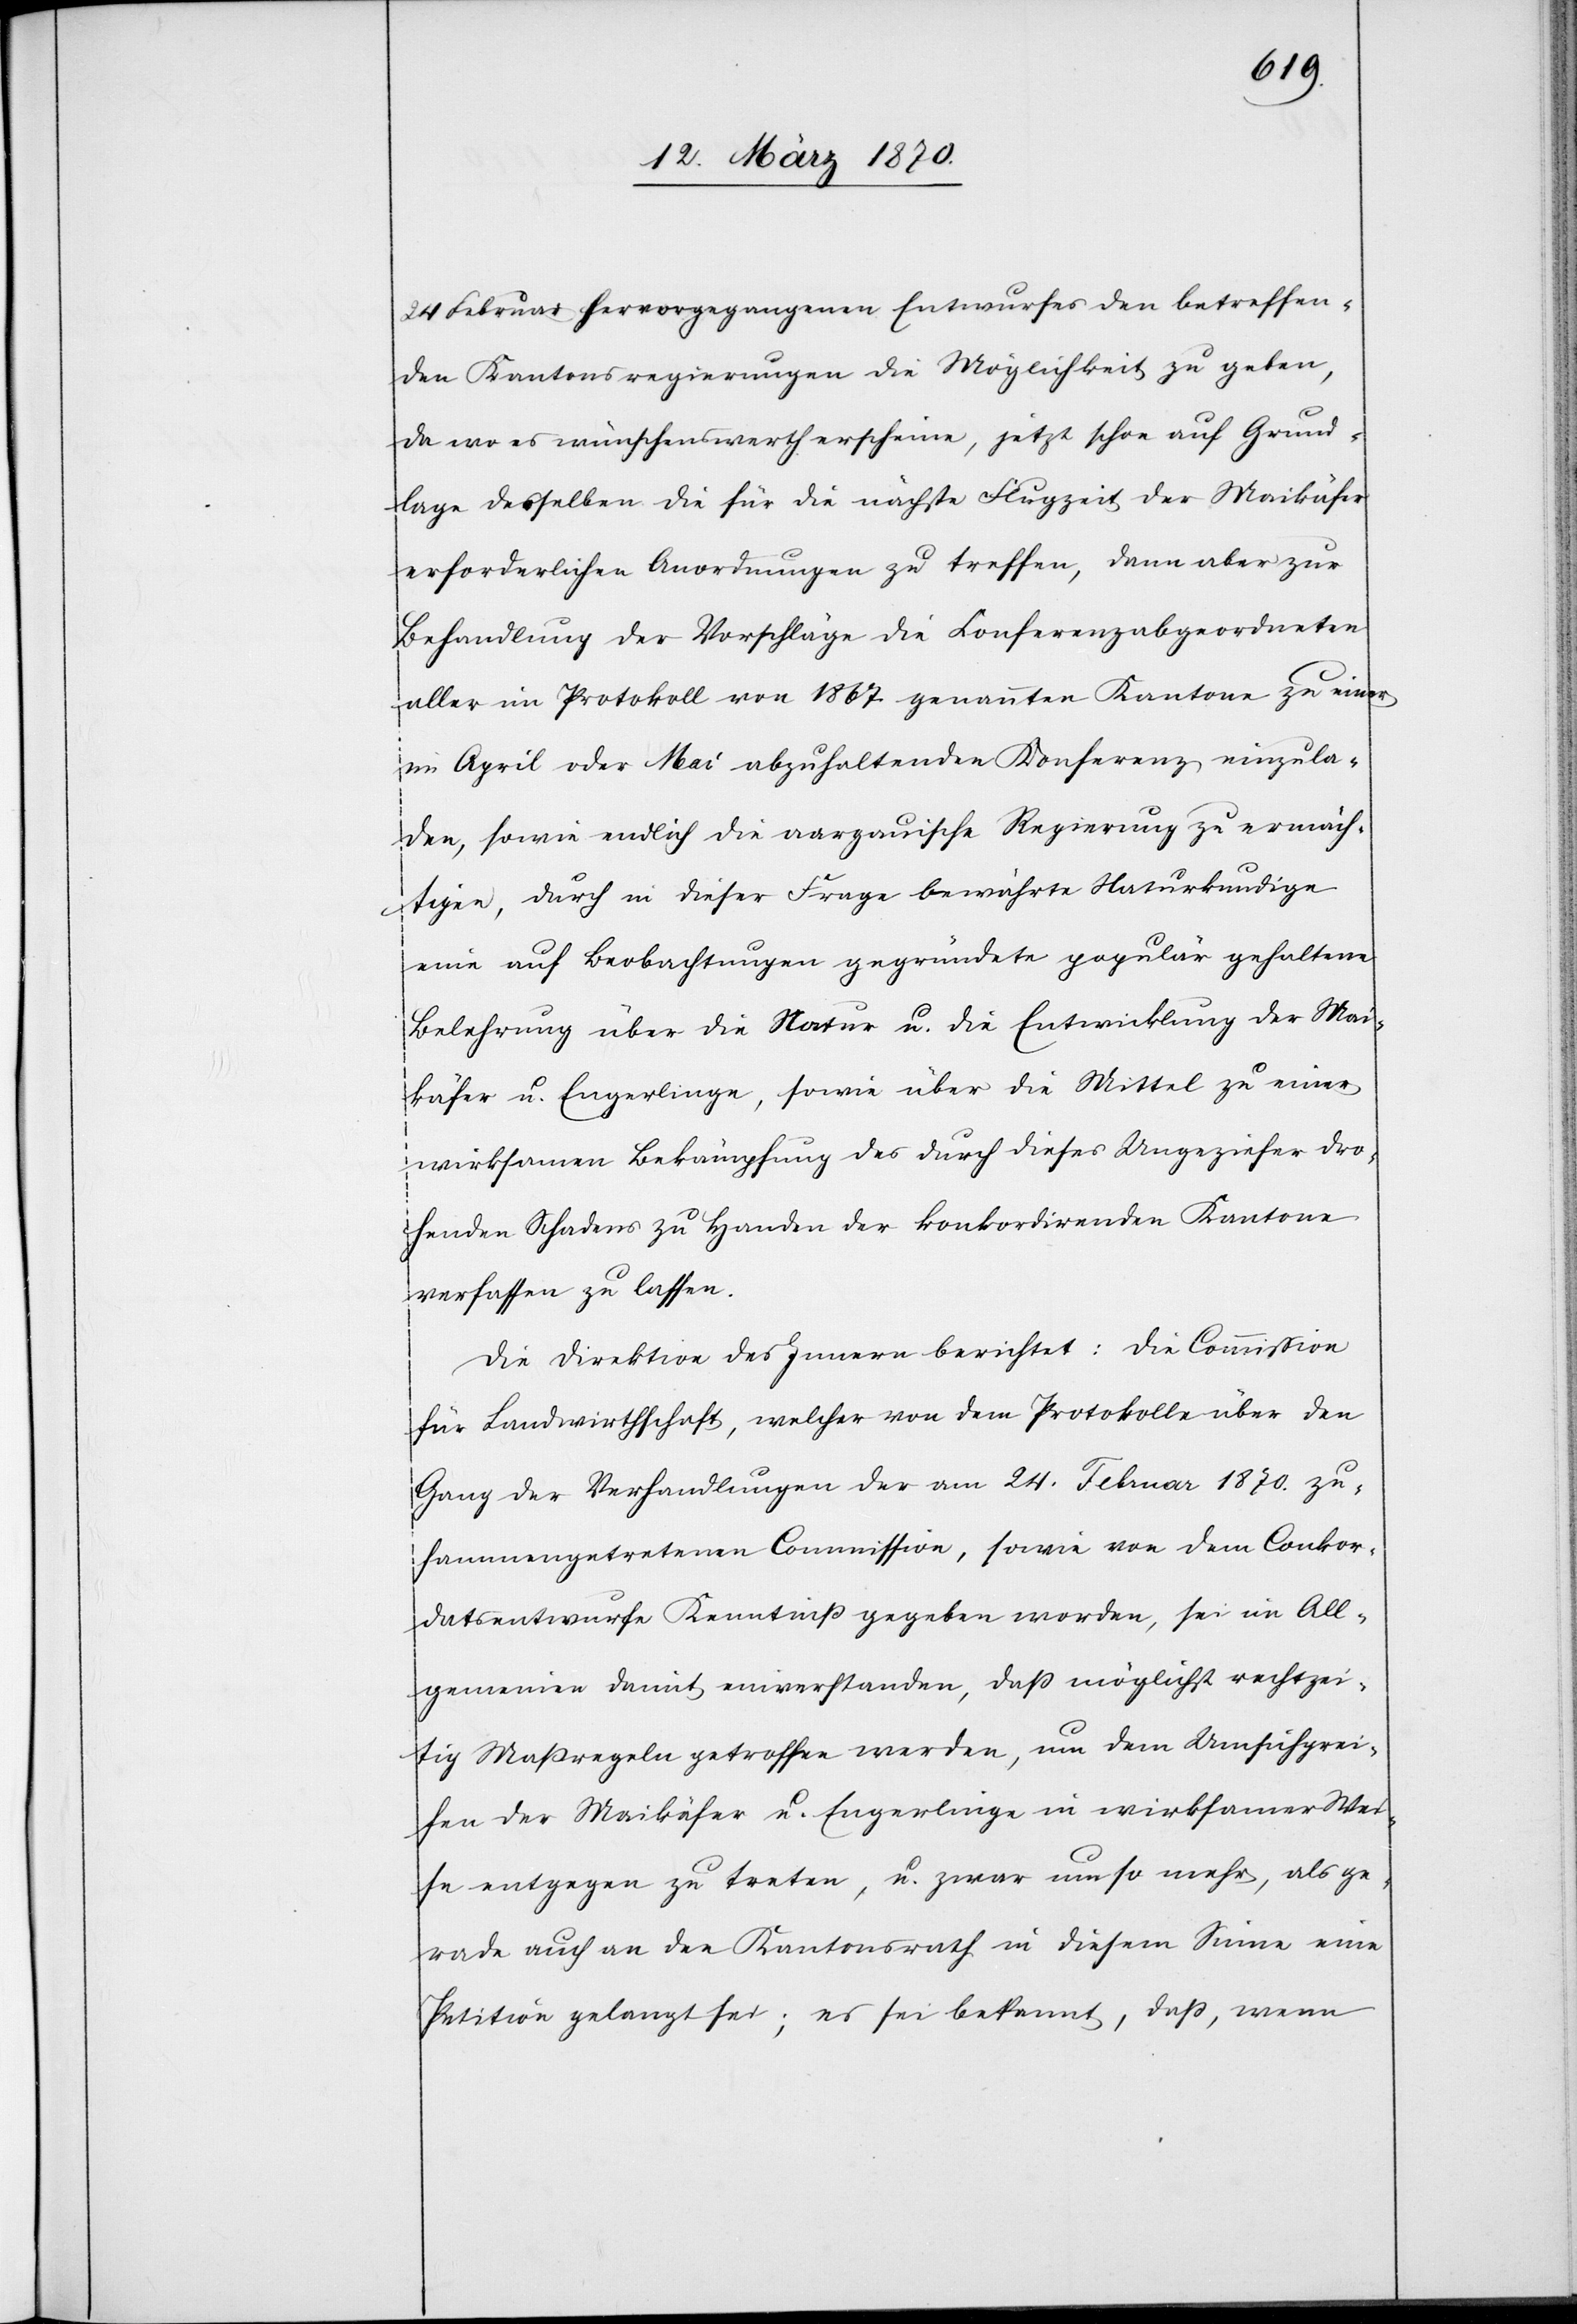
24 Februar hervorgegangenen Entwurfes den betreffen¬
den Kantonsregierungen die Möglichkeit zu geben,
da wo es wünschenswerth erscheine, jetzt schon auf Grund¬
lage desselben die für die nächste Flugzeit der Maikäfer
erforderlichen Anordnungen zu treffen, dann aber zur
Behandlung der Vorschläge die Conferenzabgeordneten
aller im Protokoll von 1867 genannten Kantone zu einer
im April oder Mai abzuhaltenden Konferenz einzula¬
den, sowie endlich die aargauische Regierung zu ermäch¬
tigen, durch in dieser Frage bewährte Naturkundige
eine auf Beobachtungen gegründete populär gehaltene
Belehrung über die Natur u. die Entwicklung der Mai¬
käfer u. Engerlinge, sowie über die Mittel zu einer
wirksamen Bekämpfung des durch dieses Ungeziefer dro¬
henden Schadens zu Handen der konkordirenden Kantone
verfassen zu lassen.
Die Direktion des Innern berichtet: Die Commission
für Landwirthschaft, welcher von dem Protokolle über den
Gang der Verhandlungen der am 24. Februar 1870. zu¬
sammengetretenen Commission, sowie von dem Conkor¬
datsentwurfe Kenntniß gegeben worden, sei im All¬
gemeinen damit einverstanden, daß möglichst rechtzei¬
tig Maßregeln getroffen werden, um dem Umsichgrei¬
fen der Maikäfer u. Engerlinge in wirksamer Wei¬
se entgegen zu treten, u. zwar umso mehr, als ge¬
rade auch an den Kantonsrath in diesem Sinne eine
Petition gelangt sei; es sei bekannt, daß, wenn